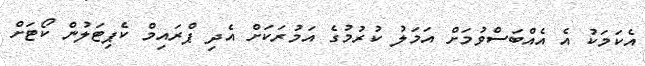
އެކަމަކު އެ އެއްބަސްވުމަށް އަމަލު ކުރުމުގެ އަމުރަކަށް އެދި ޕްރައިމް ކެޕިޓަލުން ކޯޓަށް